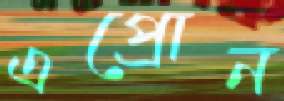
এপ্রোন